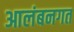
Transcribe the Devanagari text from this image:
आलंबनगत